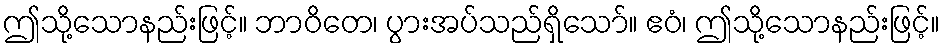
ဤသို့သောနည်းဖြင့်။ ဘာဝိတေ၊ ပွားအပ်သည်ရှိသော်။ ဧဝံ၊ ဤသို့သောနည်းဖြင့်။